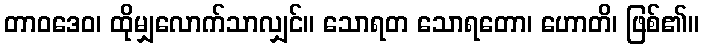
တာဝဒေဝ၊ ထိုမျှလောက်သာလျှင်။ သောရတ သောရတော၊ ဟောတိ၊ ဖြစ်၏။